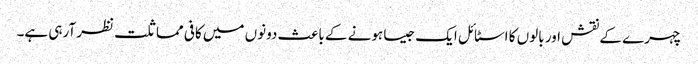
چہرے کے نقش اور بالوں کا اسٹائل ایک جیسا ہونے کے باعث دونوں میں کافی مماثلت نظر آرہی ہے۔